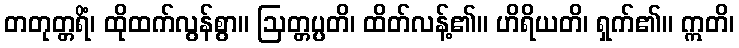
တတုတ္တရိံ၊ ထိုထက်လွန်စွာ။ ဩတ္တပ္ပတိ၊ ထိတ်လန့်၏။ ဟိရိယတိ၊ ရှက်၏။ ဣတိ၊